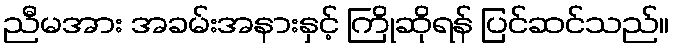
ညီမအား အခမ်းအနားနှင့် ကြိုဆိုရန် ပြင်ဆင်သည်။